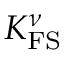
K _ { \mathrm { F S } } ^ { \nu }